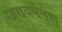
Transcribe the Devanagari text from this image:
जयवर्मन्‌श्